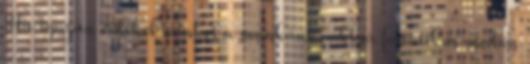
Ha igazán érdekel minket a munkánk, akkor fanatikus módon